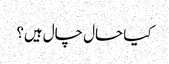
کیا حال چال ہیں؟